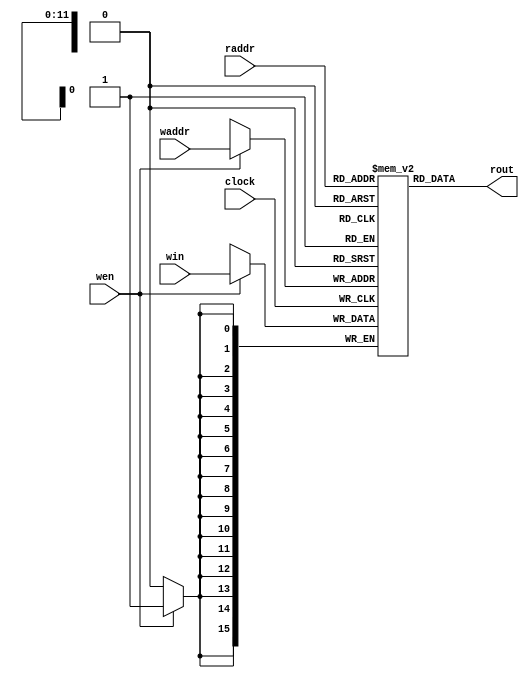
`timescale 1ns/10ps
module ram(clock,raddr,rout,wen,waddr,win);
input           clock;
input           wen;
input   [15:0]  win;
input   [11:0]  raddr;
input   [11:0]  waddr;
output  [15:0]  rout;

reg [15:0] ram[4095:0];

parameter NOP = 4'd0;
parameter ADD = 4'd1;
parameter SUB = 4'd2;
parameter AND = 4'd3;
parameter OR  = 4'd4;
parameter NOT = 4'd5;
parameter SL  = 4'd6;
parameter SR  = 4'd7;
parameter SRU = 4'd8;
parameter ADDI= 4'd9;
parameter LD  = 4'd10;
parameter ST  = 4'd11;
parameter BR  = 4'd12;

integer i;
initial
begin
//
//Loop:   LW    R1, 0(R2) ;  0+R2  R1
//        ADDI  R2, R2, #2 ; R2R2+2
//        ADDI  R1, R1, #14 ; R1= R1+4
//        SUB   R4, R3, R2 ; R4=R3-R2
//        SW    0(R2), R1 ;  R1  R2-2 
//        BNEZ  R4, Loop ; R4  0  Loop
    ram[0] = {ADDI, 3'd2, 3'd0, 6'd20};
    ram[1] = {ADDI, 3'd3, 3'd0, 6'd30};
/**/ram[2] = {LD, 3'd1, 3'd2, 6'd0};
    ram[3] = {ADDI, 3'd2, 3'd2, 6'd2};
    ram[4] = {ADDI, 3'd1, 3'd1, 6'd14};
    ram[5] = {SUB, 3'd4, 3'd3, 3'd2, 3'd0};
    ram[6] = {ST, 3'd1, 3'd2, -6'd2};
    ram[7] = {BR, 3'd3, 3'd4, -6'd12};
    ram[8] = {16'd0};
    ram[9] = {16'd0};

    for(i=10; i<100; i=i+1)
        ram[i] = i;
end

assign rout = ram[raddr];

always @(posedge clock)
begin
    if (wen)
    begin
        ram[waddr] = win;
    end
end
endmodule